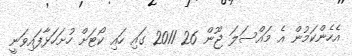
އެހެންކަމުން އެ މައްސަލަ ޖޫން 26 2011 ގައި ހައި ކޯޓަށް ހުށަހަޅާފައިވަނީ